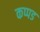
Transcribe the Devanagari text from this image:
कप्पड